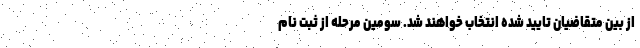
از بین متقاضیان تایید شده انتخاب خواهند شد. سومین مرحله از ثبت نام